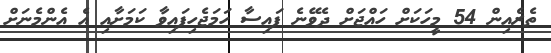
ތެރެއިން 54 މީހަކަށް ހައްޖަށް ދެވޭނެ ފައިސާ ހަމަޖެހިފައިވާ ކަމަށާއި އެ އެންމެނަށް